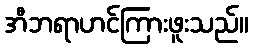
အီဘရာဟင်ကြားဖူးသည်။